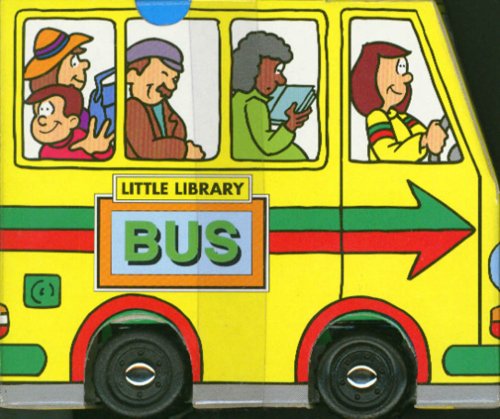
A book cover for Bus (Little Library Series); Andrew Tlock; Children's Books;